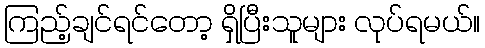
ကြည့်ချင်ရင်တော့ ရှိပြီးသူများ လုပ်ရမယ်။